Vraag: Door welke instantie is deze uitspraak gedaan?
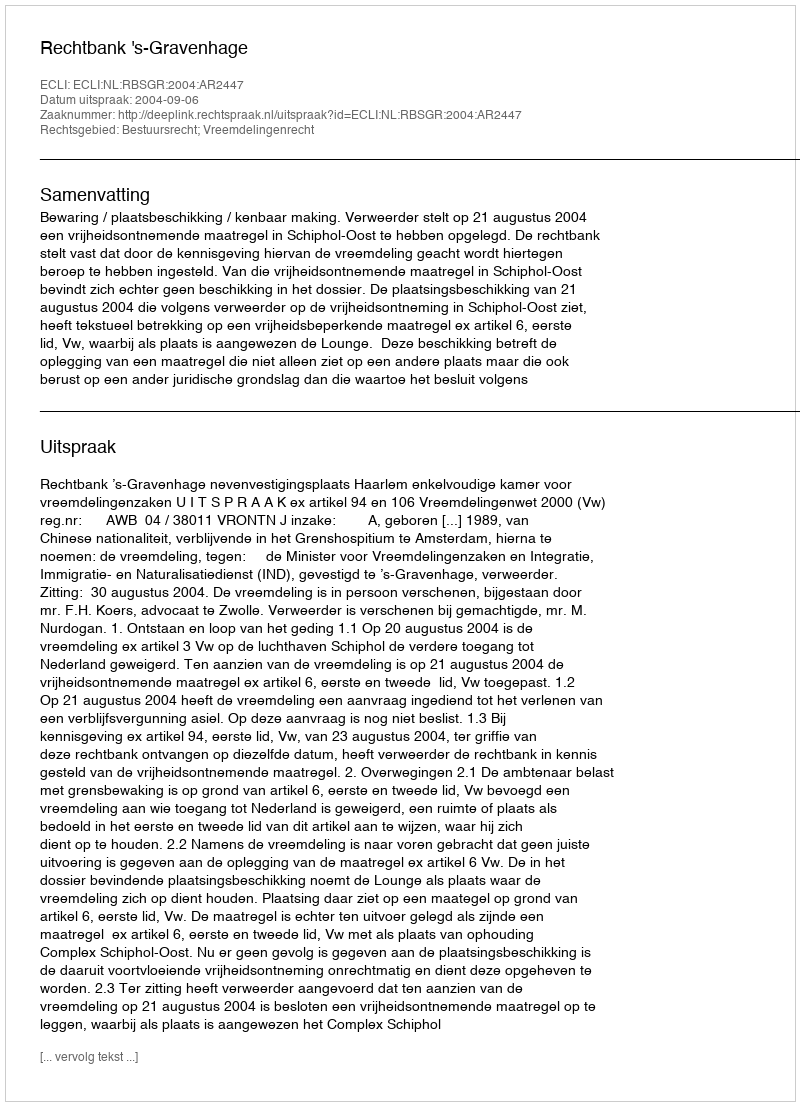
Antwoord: Rechtbank 's-Gravenhage